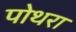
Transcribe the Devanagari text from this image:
पोथरा